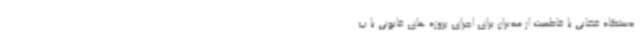
دستگاه قضایی با قاطعیت از مدیران برای اجرای پروژه های قانونی با پ